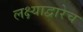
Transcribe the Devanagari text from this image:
लक्ष्याद्वारेच